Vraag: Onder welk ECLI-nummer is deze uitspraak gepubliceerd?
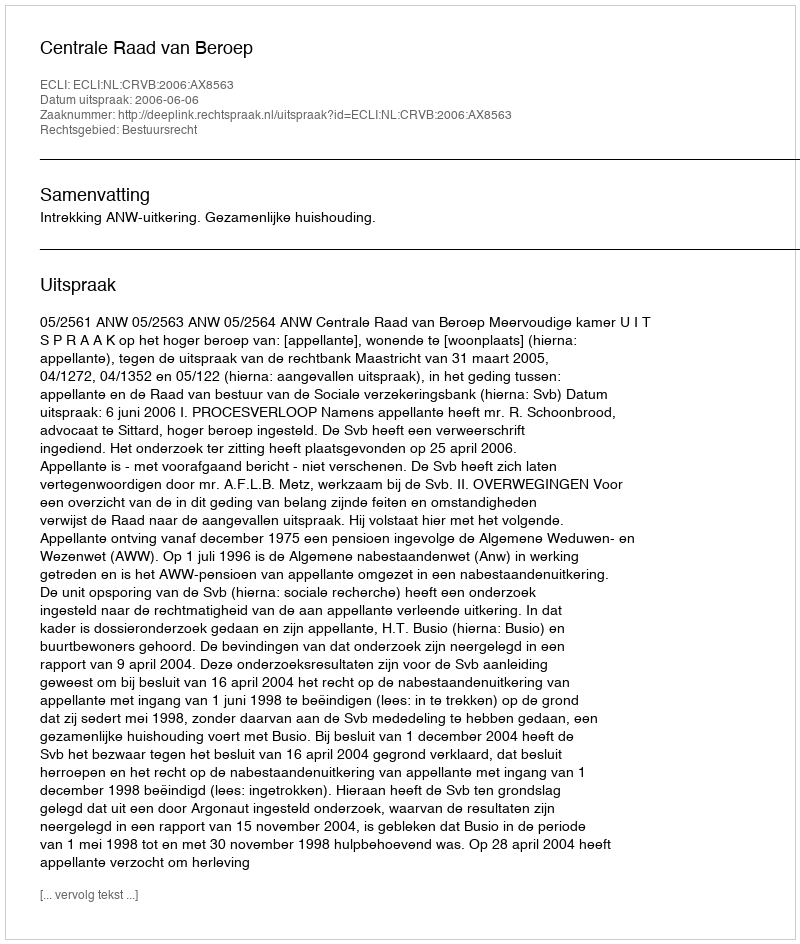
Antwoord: ECLI:NL:CRVB:2006:AX8563